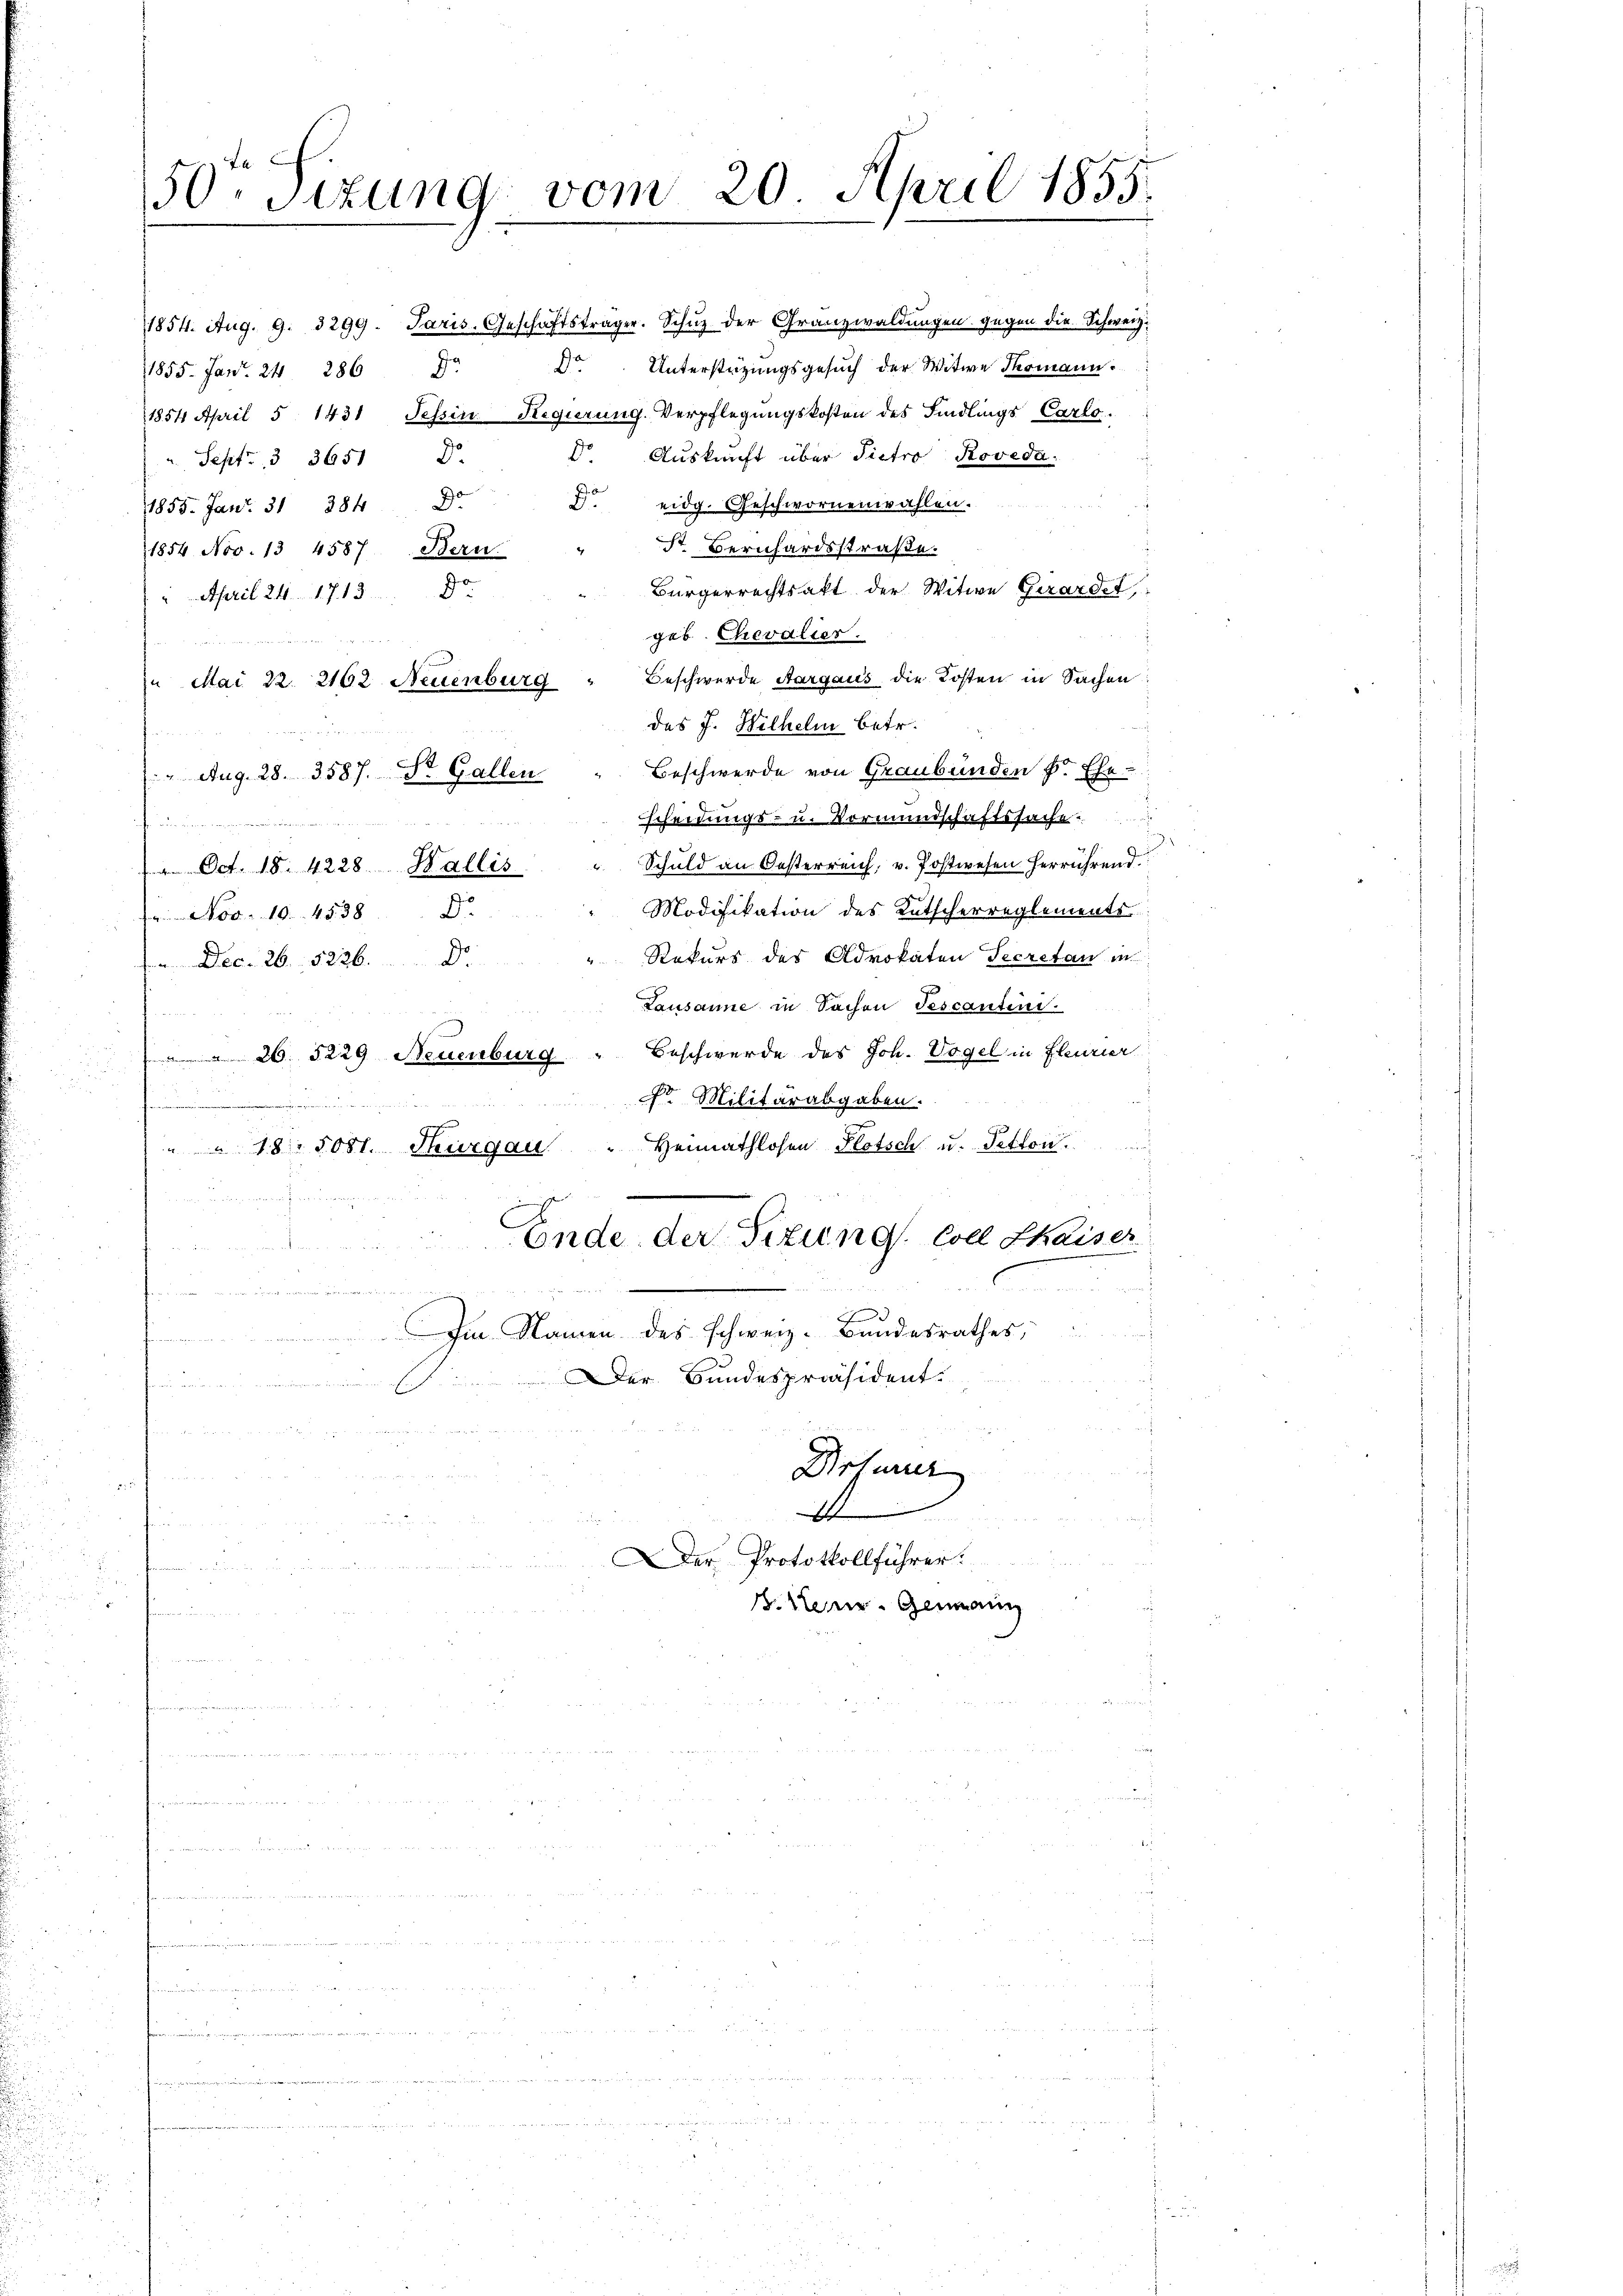
50. Sizung vom 20. April 1855.

1855. fand. 24 286 d
Dr. Auskunft über Pietro Roveda¬
Sept. 3 3651 D.
 eidg. Geschwornenwahlen.
1855. Janr. 31 384
St. Bernhardsstraße.
1854 Nov. 13 4587, Bern
Bürgerrechtsakt der Witwe Girardet,
 April 24. 1713.
geb. Chevalier.

Beschwerde Aargaus die Kosten in Sachen
n Mai 22. 2162 Neuenburg
des J. Wilhelm betr.
Beschwerde von Graubünden S. Ehe-
 Aug. 28. 3587. St. Gallen
scheidungs- u. Vormundschaftssache

simmen
 Oct. 18. 4228. Wallis " Schuld an Oesterreich, v. Postwesen herrührend.
Modifikation des Kutscherreglements
1 Nov. 10. 4538
Rekurs des Advokaten Secretan in
 Dec. 26. 5226. Dr.
Lausanne in Sachen Tescantini.
 26. 3229 Neuenburg " Beschwerde des Joh. Vogel in fleurier
Nr Militärabgaben.

" " 18. 1051. Thurgau " Heimathlosen Plotsch u. Petton,
.
e
.
Ende der Titung. Coll Chaiser

.
Im Namen des Schweiz. Bundesrathes,
ser Bundespräsident.

1854. Aug. 9. 3299. Paris. Geschäftsträger. Schuz der Granzwaldungen gegen die Schweiz.
 Unterstützungsgesuch der Witwe Thomann
1854 April 5. 1431 Tessin Regierung, Verpflegungskosten des Findlings Carlo¬

Drturer
u
u
A
DDer Protokollführer.
.
B.ten Genann

D